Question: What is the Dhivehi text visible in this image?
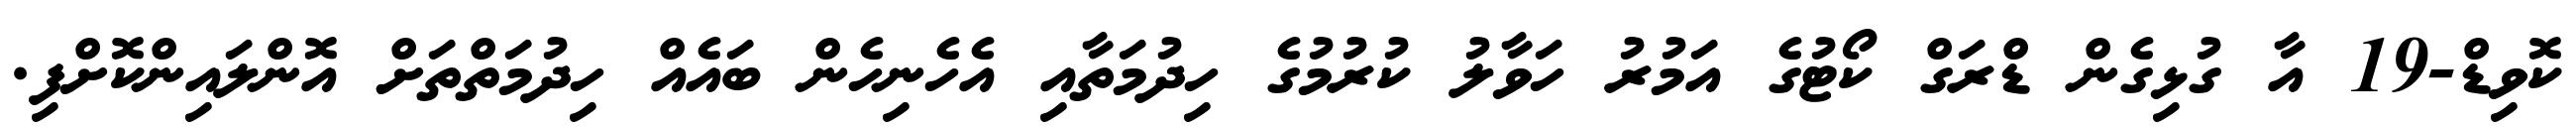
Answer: ކޮވިޑް-19 އާ ގުޅިގެން ޑްރަގް ކޯޓުގެ އަމުރު ހަވާލު ކުރުމުގެ ހިދުމަތާއި އެހެނިހެން ބައެއް ހިދުމަތްތަށް އޮންލައިންކޮށްފި.